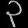
Digit: ၃